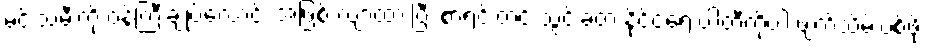
မင်းသမီးကို ဝန်ကြီးချုပ်လောင်း အဖြစ် လျာထားပြီး စာရင်းတင် သွင်းခဲ့တဲ့ နိုင်ငံရေးပါတီကိုပါ ဖျက်သိမ်းပစ်ဖို့